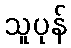
သူပုန်